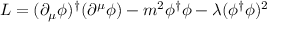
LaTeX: { \cal L } = ( \partial _ { \mu } \phi ) ^ { \dag } ( \partial ^ { \mu } \phi ) - m ^ { 2 } \phi ^ { \dag } \phi - \lambda ( \phi ^ { \dag } \phi ) ^ { 2 }